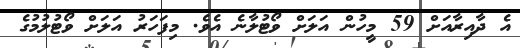
އެ ދާއިރާއަށް 59 މީހުން އަލަށް ވޯޓުލާނެ އެވެ. މިފަހަރު އަލަށް ވޯޓުލުމުގެ